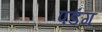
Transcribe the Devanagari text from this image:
पडंग